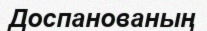
Доспанованың